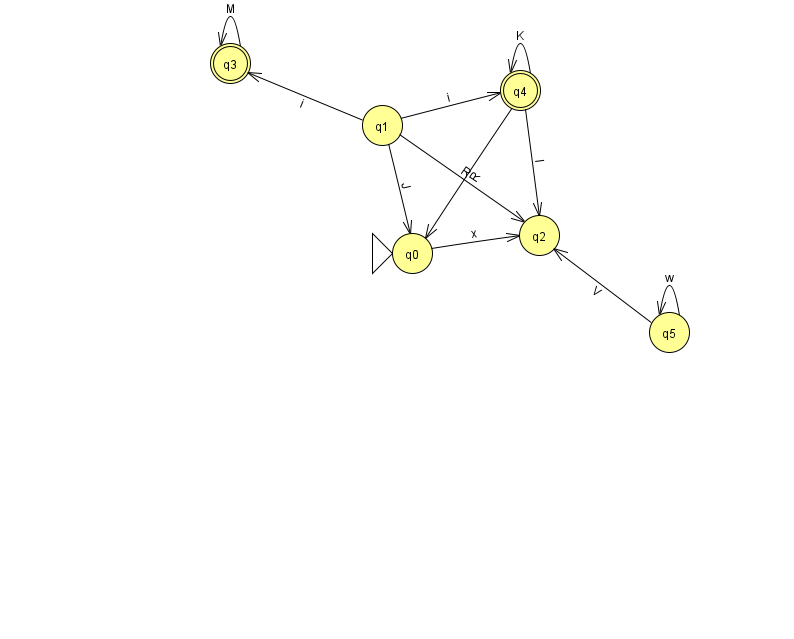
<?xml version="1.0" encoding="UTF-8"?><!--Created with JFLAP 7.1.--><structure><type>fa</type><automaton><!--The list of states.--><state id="0" name="q0"><x>412.0</x><y>240.0</y><initial/></state><state id="1" name="q1"><x>382.0</x><y>112.0</y></state><state id="2" name="q2"><x>539.0</x><y>222.0</y></state><state id="3" name="q3"><x>230.0</x><y>50.0</y><final/></state><state id="4" name="q4"><x>520.0</x><y>77.0</y><final/></state><state id="5" name="q5"><x>669.0</x><y>319.0</y></state><!--The list of transitions.--><transition><from>4</from><to>2</to><read>l</read></transition><transition><from>1</from><to>2</to><read>R</read></transition><transition><from>4</from><to>0</to><read>R</read></transition><transition><from>0</from><to>2</to><read>x</read></transition><transition><from>1</from><to>4</to><read>i</read></transition><transition><from>5</from><to>2</to><read>V</read></transition><transition><from>1</from><to>0</to><read>J</read></transition><transition><from>5</from><to>5</to><read>w</read></transition><transition><from>4</from><to>4</to><read>K</read></transition><transition><from>1</from><to>3</to><read>i</read></transition><transition><from>3</from><to>3</to><read>M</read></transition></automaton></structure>